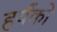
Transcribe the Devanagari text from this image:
हर्यंको